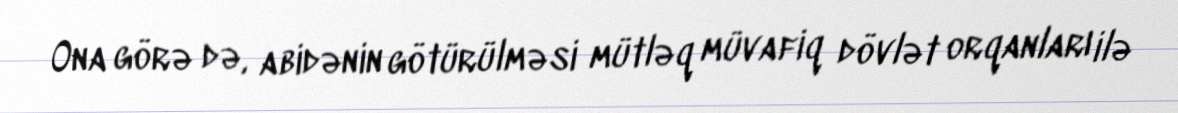
Ona görə də, abidənin götürülməsi mütləq müvafiq dövlət orqanları ilə